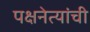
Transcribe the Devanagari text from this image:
पक्षनेत्यांची